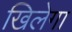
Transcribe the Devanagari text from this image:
खिलेगा